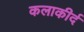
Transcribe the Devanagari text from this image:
कलाकीर्द